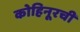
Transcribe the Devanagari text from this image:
कोहिनूरची